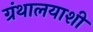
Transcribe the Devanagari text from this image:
ग्रंथालयाशी